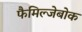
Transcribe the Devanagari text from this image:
फैमिल्जेबोक